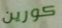
كورين